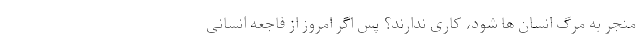
منجر به مرگ انسان ها شود، کاری ندارند؟ پس اگر امروز از فاجعه انسانی